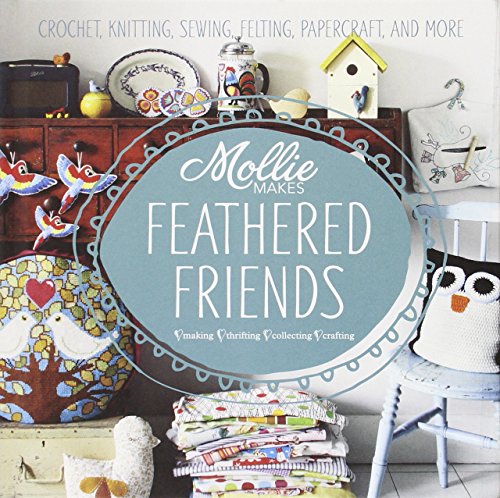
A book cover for Mollie Makes Feathered Friends: Crochet, Knitting, Sewing, Felting, Papercraft and More; Mollie Makes; Crafts, Hobbies & Home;